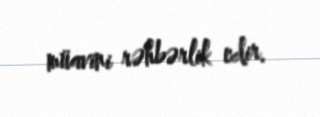
müavini rəhbərlik edir.